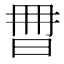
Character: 𣆩